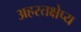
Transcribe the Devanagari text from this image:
अहस्तक्षेप्य